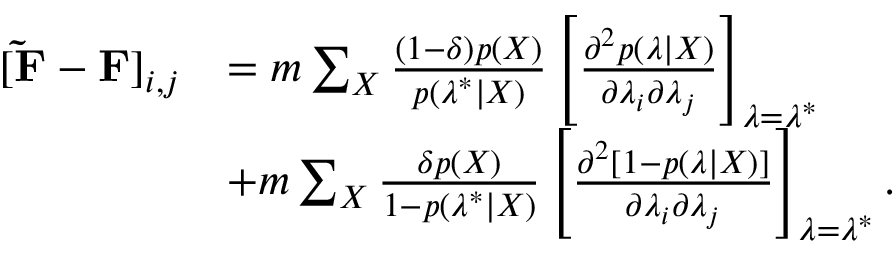
\begin{array} { r l } { [ \mathbf { \tilde { F } } - \mathbf { F } ] _ { i , j } } & { = m \sum _ { X } \frac { ( 1 - \delta ) p ( X ) } { p ( \boldsymbol { \lambda } ^ { * } | X ) } \left[ \frac { \partial ^ { 2 } p ( \boldsymbol { \lambda } | X ) } { \partial \lambda _ { i } \partial \lambda _ { j } } \right] _ { \boldsymbol { \lambda } = \boldsymbol { \lambda } ^ { * } } } \\ & { + m \sum _ { X } \frac { \delta p ( X ) } { 1 - p ( \boldsymbol { \lambda } ^ { * } | X ) } \left[ \frac { \partial ^ { 2 } [ 1 - p ( \boldsymbol { \lambda } | X ) ] } { \partial \lambda _ { i } \partial \lambda _ { j } } \right] _ { \boldsymbol { \lambda } = \boldsymbol { \lambda } ^ { * } } . } \end{array}